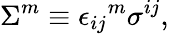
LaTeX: \Sigma^{m}\equiv{\epsilon_{ij}}^{m}\sigma^{ij},